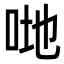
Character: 哋